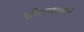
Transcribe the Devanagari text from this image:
श्रीशारंगधर